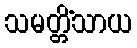
သမတ္တိံသာယ